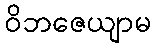
ဝိဘဇေယျာမ